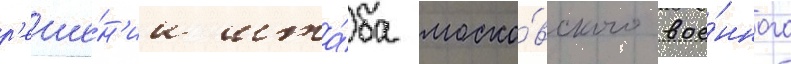
р'еше́н'ии шта́ба моско́вского вое́нного